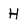
Character: H